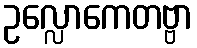
ဥလ္လောကေတဗ္ဗာ